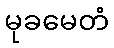
မုခမေတံ